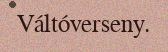
Váltóverseny.